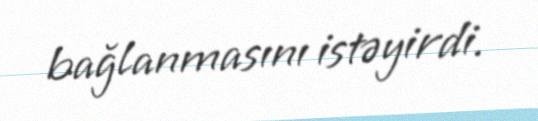
bağlanmasını istəyirdi.